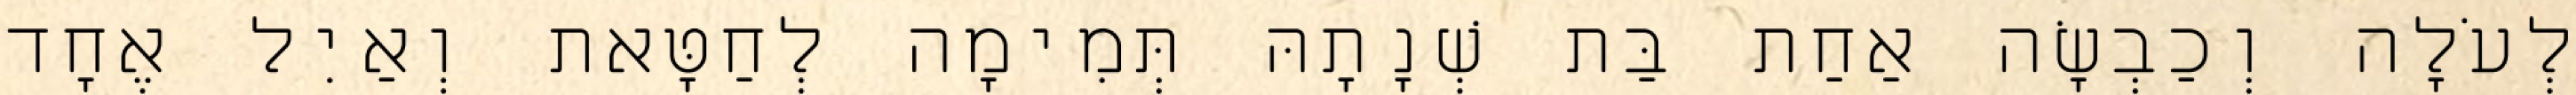
לְעֹלָה וְכַבְשָׂה אַחַת בַּת שְׁנָתָהּ תְּמִימָה לְחַטָּאת וְאַיִל אֶחָד